Report on plague in the Punjab from October 1st ... to September 30th ..., being the ... season of plague in the province
Disease focus: Plague
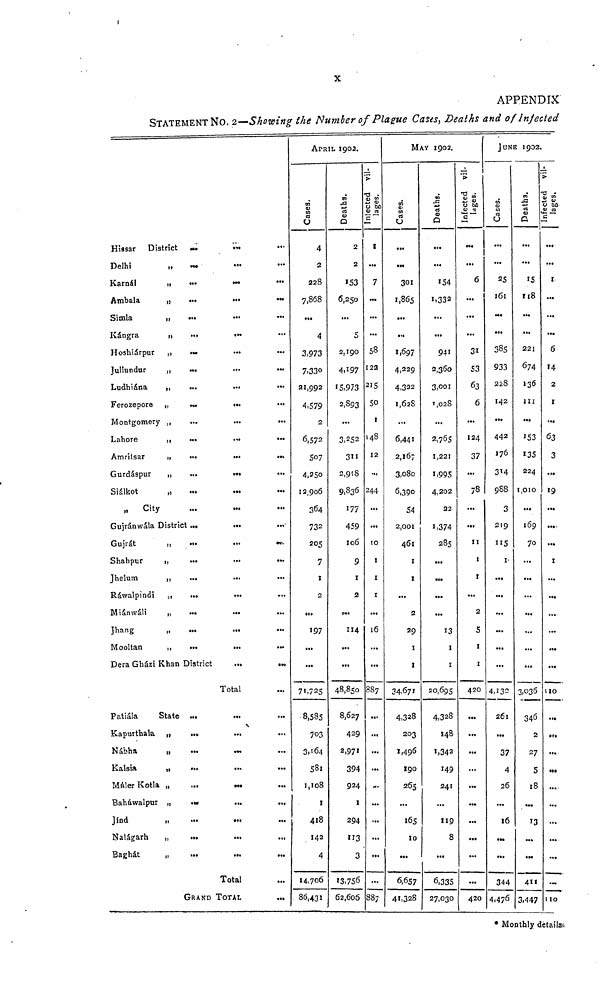
X
APPENDIX'
STATEMENT No. 2—Shawinp the Number of Plague Cases, Deaths and of Injected
Hissar District
Delhi
,.
Karnál
„
Ambala
„
Simla
"
Kángra
„
Hoshiárpur "
Jullundur
,,
Ludhiána
,,
Ferozepore „
Montgomery ,,
Lahore
,,
Amritsar
„
Gurdáspur
„
Siâlkot
„
„
City
Gujránwála District
Gujrát
"
Shahpur
,,
Jhelum
,,
Rawalpindi "
Miánwáli
„
hang
"
Mooltan
,,
Dera Gházi Khan I
Patiála
State
Kapurthala „
Nábha
r ,
Kalsia
"
Máler Kotla „
Baháwalpur „
Jind
Nalágarh
„
Baghát
„
(
...
...
...
...
...
lia
...
...
...
...
...
...
...
...
...
.,.
...
...
...
...
...
...
District
...
...
...
...
...
...
...
...
...
GRAND
...
...
...
...
...
...
...
...
...
c.«
...
...
...
•«s
...
...
...
...
...
...
...
...
...
...
...
Total
...
...
...
...
...
...
...
Total
TOTAL
...
...
...
...
...
...
...
...
...
...
...
...
...
...
...
...
...
...
...
...
...
...
...
...
...
...
...
...
...
...
...
...
...
...
...
APP
Cases.
4
2
228
7,868
...
4
3,973
7,330
21,992
4,579
2
6,572
507
4,250
12,906
364
732
205
7
1
2
«t.
197
...
...
71-725
8,585
703
3.164
581
1,108
1
418
142
4
14,706
86,431
IL I902.
Deaths.
2
2
153
6,250
...
5
2,190
4.197
15,973
2,893
...
3, 2 52
3"
2,918
9,836
177
459
106
9
1
2
...
114
...
...
48,850
8,627
429
2,971
394
924
1
294
113
3
13,756
63,606
Infected Villages.
I
...
7
...
...
...
53
122
215
50
1
.48
12
...
244
...
...
10
1
1
1
...
16
...
...
38 7
„,,
...
...
...
...
...
...
...
...
...
887
Cases.
...
301
1,865
...
•«
1,697
4,229
4r322
1,628
...
6,44ï
2,167
3,080
6,39o
54
2,001
461
I
I
...
2
29
I
I
34.671
4,328
203
1,496
190
265
...
165
10
...
6,657
41,328
APRIL 1902.
Deaths.
154
1.332
941
2,360
3,001
',028
2,765
1,221
I.99S
4,202
22
1,374
285
...
...
...
13
1
1
20,695
4,328
148
1,342
149
241
119
8
6,335
27,030
Infected Villages.
6
...
31
53
63
6
124
37
...
78
...
...
11
1
1
2
S
1
1
420
...
...
...
...
...
...
...
...
420
JUN
Cases.
25
161
385
933
228
142
442
176
314
988
3
219
115
1.
..,
...
...
...
...
4,,132
261
...
37
4
26
16
•••
344
4i47 6
E 1902
Deaths.
15
118
221
674
136
III
153
135
224
1,0 10
...
169
70
...
...
...
...
...
...
3,036
346
2
27
S
18
13
...
4M
3.447
•
Infected villages
c
I
...
6
14
2
1
63
3
.....
19
...
...
...
1
...
...
...
...
...
110
...
•1.
...
...
...
...
...
...
110
• Monthly details.-